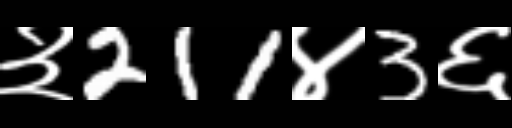
Text: ३211४3६